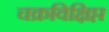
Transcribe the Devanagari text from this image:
चक्रविक्षिप्त